[Report on the health of British troops in the Madras command]
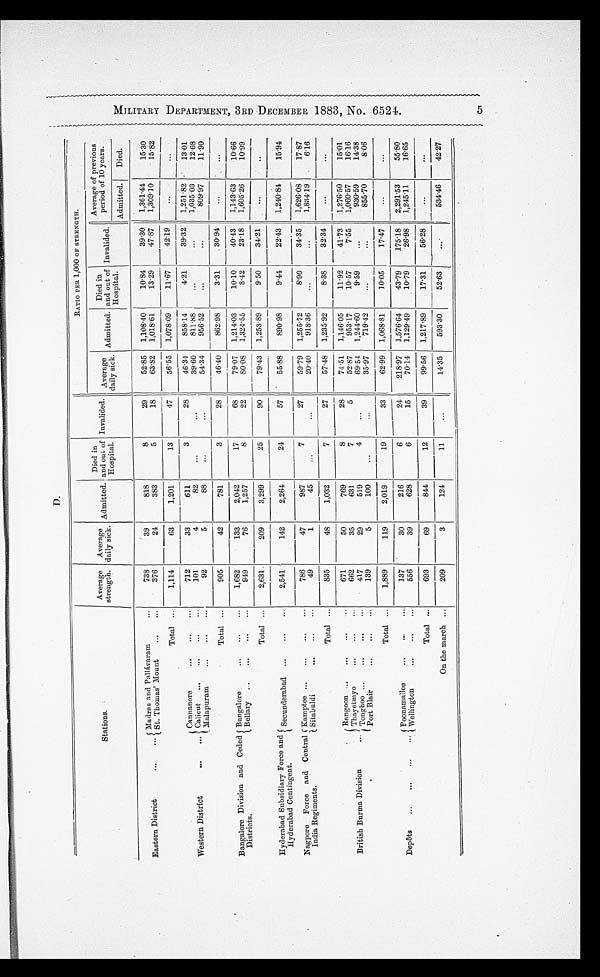
M I L I T A R Y D E P A R T M E N T , 3 R D D E C E M B E R 1 8 8 3 , N O . 6 5 2 4 . 5
D.
Stations.
Average
strength.
Average
daily sick. Admitted.
Died in
and out of
Hospital.
Invalided.
RATIO PER 1,000 OF STRENGTH.
Average
daily sick. Admitted.
Died in
and out of
Hospital.
Invalided.
Average of previous
period of 10 years.
Admitted
Died.
Eastern District
...
. . .
Madras and Pallávaram ...
738
39
818
8
29
52.85 1,108.40
10.84
39.30 1,361.44
15.30
St. Thomas' Mount
...
...
376
24
383
5
18
63.82 1,018.61
13.29
47.87
1,309.10
15.82
Total ...
1,114
63
1,201
13
47
56.55 1,078.09
11.67
42.19
...
...
Western District
...
...
Cannanore
...
...
...
712
33
611
3
28
46.34
858.14
4.21
39.32 1,251.82
13.01
Calicut ...
...
...
...
101
4
82
...
...
39.60
811.88 ...
...
1,035.03
12.68
Malapuram
...
...
...
92
5
88
...
...
54.34
956.52
...
...
809.97
11.90
Total ...
905
42
781
3
28
46.40
862.98
3.31
30.94
...
...
Bangalore Division and Ceded
Districts.
Bangalore
...
...
. . .
1,682
133
2,042
17
68
79.07 1,214.03
10.10
40.43 1,143.63
10.66
Bellary
... . . .
. . .
. . .
949
76
1,257
8
22
80.08 1,324.55
8.42
23.18 1,605.26
10.99
Total ...
2,631
209
3,299
25
90
79.43 1,253.89
9.50
34.21
...
...
Hyderabad Subsidiary Force and
Hyderabad Contingent.
Secunderabad ...
...
...
2,541 142
2,264
24
57 55.88
890.98
9.44
22.43 1,240.84
15.94
Nagpore Force and Central
India Regiments.
Kamptee ...
...
...
. . .
786
47
987
7
27
59.79 1,255.72
8.90
34.35 1,626.08
17.87
Sitabuldi
...
...
...
49
1
45
...
...
20.40
918.36
...
...
1,834.19
6.16
Total ...
835
48
1,032
7
27
57.48 1,235.92
8.38
32.34
...
...
British Burma Division ...
Rangoon ...
...
. . . . . .
671
50
769
8
28
74.51 1,146.05
11.92
41.73 1,276.50
15.01
Thayetmyo . . . . . . . . .
662
35
631
7
5
52.87
953.17
10.57
7.55
1,060.57
16.16
Tonghoo ...
...
...
...
417
29
519
4
...
69.54 1,244.60
9.59 ...
930.59
14.38
Port Blair
...
...
...
139
5
100
...
...
35.97
719.42
...
...
855.70
8.06
Total ...
1,889
119
2,019
19
33
62.99 1,068.81
10.05
17.47
...
...
Depôts
...
...
...
... Poonamallce ...
...
...
137
30
216
6
24
218.97 1,576.64
43.79
175.18
2,291.53
55.80
Wellington ... ... ...
556
39
628
6
15
70.14 1,129.49
10.79
26.98 1,245.11
16.65
Total ...
693
69
844
12
39
99.56 1,217.89
17.31
56.28
...
...
On the march ...
209
3
124
11
...
14.35
593.30
52.63
...
534.46 42.27